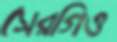
সেরগিও